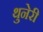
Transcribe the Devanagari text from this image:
थुनेरी